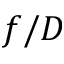
f / D